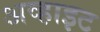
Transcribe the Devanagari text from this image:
अव्हाइट